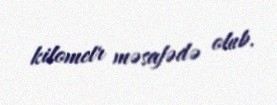
kilometr məsafədə olub.